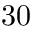
3 0